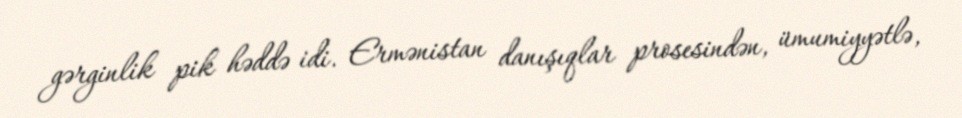
gərginlik pik həddə idi. Ermənistan danışıqlar prosesindən, ümumiyyətlə,